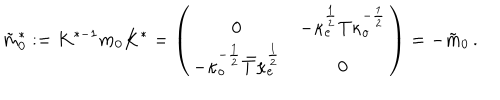
\tilde { m } _ { 0 } ^ { \ast } : = K ^ { \ast - 1 } m _ { 0 } K ^ { \ast } = \left( \begin{array} { c c } { { 0 } } & { { - \kappa _ { e } ^ { \frac { 1 } { 2 } } T \kappa _ { o } ^ { - { \frac { 1 } { 2 } } } } } \\ { { - \kappa _ { o } ^ { - { \frac { 1 } { 2 } } } \bar { T } \kappa _ { e } ^ { \frac { 1 } { 2 } } } } & { { 0 } } \\ \end{array} \right) = - \tilde { m } _ { 0 } \, .